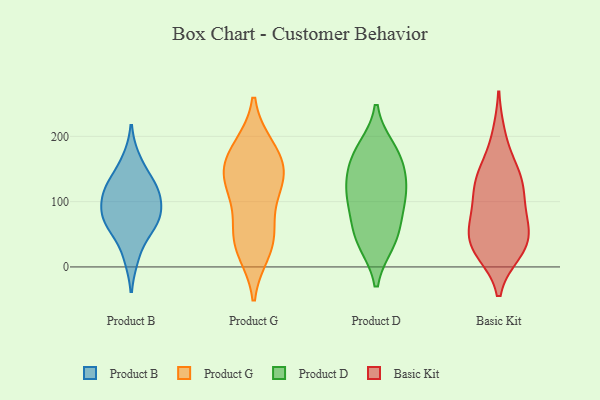
{"axis": {"x": "Churn Rate (%)", "y": "Value"}, "legend": ["Basic Kit", "Product B", "Product D", "Product G"], "data": [{"x": "", "y": 16, "type": "Product B"}, {"x": "", "y": 76, "type": "Product B"}, {"x": "", "y": 127, "type": "Product B"}, {"x": "", "y": 64, "type": "Product B"}, {"x": "", "y": 112, "type": "Product B"}, {"x": "", "y": 67, "type": "Product B"}, {"x": "", "y": 76, "type": "Product B"}, {"x": "", "y": 107, "type": "Product B"}, {"x": "", "y": 122, "type": "Product B"}, {"x": "", "y": 163, "type": "Product B"}, {"x": "", "y": 120, "type": "Product G"}, {"x": "", "y": 125, "type": "Product G"}, {"x": "", "y": 44, "type": "Product G"}, {"x": "", "y": 67, "type": "Product G"}, {"x": "", "y": 183, "type": "Product G"}, {"x": "", "y": 180, "type": "Product G"}, {"x": "", "y": 136, "type": "Product G"}, {"x": "", "y": 159, "type": "Product G"}, {"x": "", "y": 25, "type": "Product G"}, {"x": "", "y": 36, "type": "Product G"}, {"x": "", "y": 146, "type": "Product G"}, {"x": "", "y": 179, "type": "Product D"}, {"x": "", "y": 97, "type": "Product D"}, {"x": "", "y": 114, "type": "Product D"}, {"x": "", "y": 165, "type": "Product D"}, {"x": "", "y": 39, "type": "Product D"}, {"x": "", "y": 41, "type": "Product D"}, {"x": "", "y": 110, "type": "Product D"}, {"x": "", "y": 59, "type": "Product D"}, {"x": "", "y": 167, "type": "Product D"}, {"x": "", "y": 130, "type": "Product D"}, {"x": "", "y": 129, "type": "Basic Kit"}, {"x": "", "y": 37, "type": "Basic Kit"}, {"x": "", "y": 144, "type": "Basic Kit"}, {"x": "", "y": 70, "type": "Basic Kit"}, {"x": "", "y": 135, "type": "Basic Kit"}, {"x": "", "y": 25, "type": "Basic Kit"}, {"x": "", "y": 128, "type": "Basic Kit"}, {"x": "", "y": 42, "type": "Basic Kit"}, {"x": "", "y": 88, "type": "Basic Kit"}, {"x": "", "y": 199, "type": "Basic Kit"}, {"x": "", "y": 36, "type": "Basic Kit"}, {"x": "", "y": 30, "type": "Basic Kit"}, {"x": "", "y": 83, "type": "Basic Kit"}]}